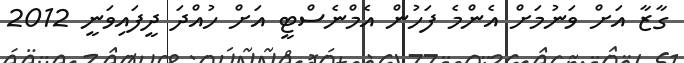
ގާޒާ އަށް ވަނުމަށް އެންމެ ފަހުން އެމްނެސްޓީ އަށް ހުއްދަ ދީފައިވަނީ 2012